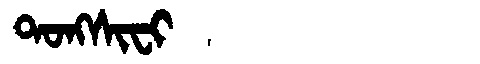
Manchu: ᡨᠣᠩᠰᡳᠸᡳ
Romanization: TONGSIFI